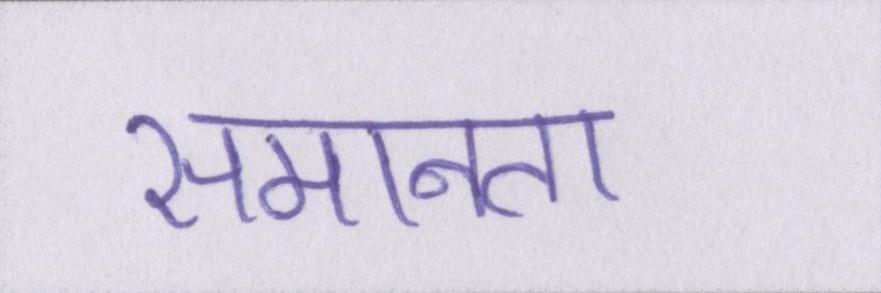
समानता